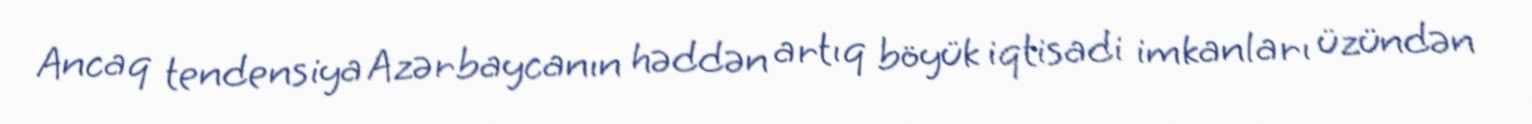
Ancaq tendensiya Azərbaycanın həddən artıq böyük iqtisadi imkanları üzündən